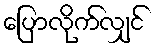
ပြောလိုက်လျှင်